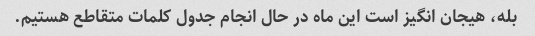
بله، هیجان انگیز است این ماه در حال انجام جدول کلمات متقاطع هستیم.